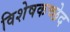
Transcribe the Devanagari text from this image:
विशेषकच्छेद